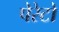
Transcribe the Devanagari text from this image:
पेरेटो